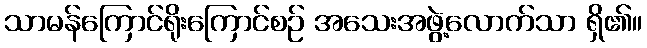
သာမန်ကြောင်ရိုးကြောင်စဉ် အသေးအဖွဲ့လောက်သာ ရှိ၏။